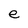
Character: e